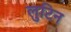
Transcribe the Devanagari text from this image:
लुटिन